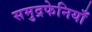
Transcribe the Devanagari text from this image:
समुद्रफेनियाँ